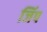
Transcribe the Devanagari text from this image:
जिंप